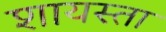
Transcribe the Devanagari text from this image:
शायस्ता